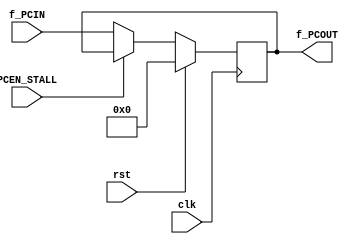
`timescale 1ns / 1ps
//////////////////////////////////////////////////////////////////////////////////
// Company: 
// Engineer: 
// 
// Design Name: 
// Module Name: sign_extension
// Project Name: 
// Target Devices: 
// Tool Versions: 
// Description: 
// 
// Dependencies: 
// 
// Revision:
// Revision 0.01 - File Created
// Additional Comments:
// 
//////////////////////////////////////////////////////////////////////////////////


module program_counter
/*** PARAMETERS ***/
#(parameter
    // WL
    DATA_WL     = 32
)
/*** IN/OUT ***/
(
    // IN
    input                           clk,
                                    rst,
                                    PCEN_STALL,
    input [DATA_WL - 1 : 0]         f_PCIN,
    // OUT
    output [DATA_WL - 1 : 0]        f_PCOUT
);

    reg [DATA_WL - 1 : 0] PC_REG;
    
    initial
    begin
        PC_REG = 0;
    end
    
    always @ (posedge clk)
    begin
        if (rst) PC_REG         <= 0;
        else if (PCEN_STALL);   // do nothing
        else PC_REG             <= f_PCIN;
    end
    
    assign f_PCOUT = PC_REG;
    
endmodule